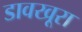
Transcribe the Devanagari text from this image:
डावखूरा